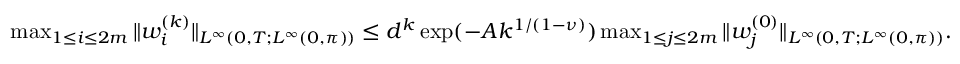
\begin{array} { r l } & { \operatorname* { m a x } _ { 1 \leq i \leq 2 m } \| w _ { i } ^ { ( k ) } \| _ { L ^ { \infty } ( 0 , T ; L ^ { \infty } ( 0 , \pi ) ) } \leq d ^ { k } \exp ( - A k ^ { 1 / ( 1 - \nu ) } ) \operatorname* { m a x } _ { 1 \leq j \leq 2 m } \| w _ { j } ^ { ( 0 ) } \| _ { L ^ { \infty } ( 0 , T ; L ^ { \infty } ( 0 , \pi ) ) } . } \end{array}